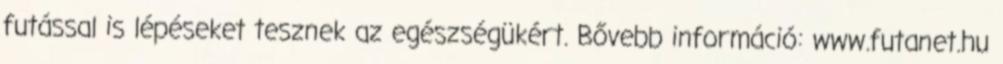
futással is lépéseket tesznek az egészségükért. Bővebb információ: www.futanet.hu